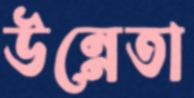
উন্নেতা